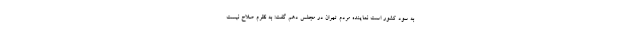
به سود کشور است نماینده مردم تهران در مجلس دهم گفت: به نظرم صلاح نیست